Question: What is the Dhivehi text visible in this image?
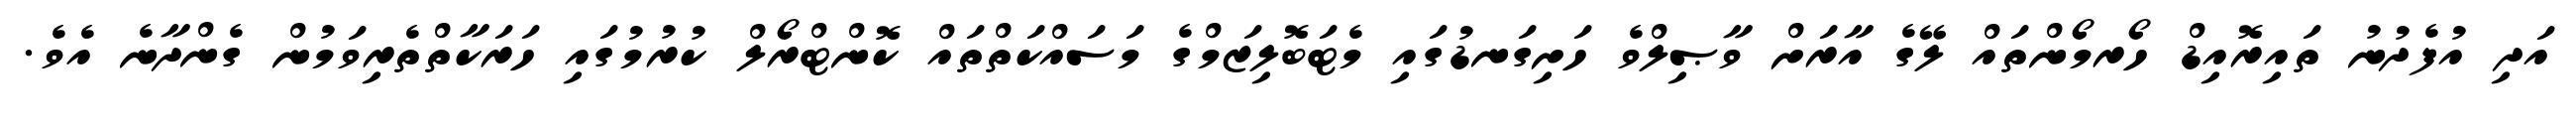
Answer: އަދި އުފެދުނު ތައިރޮއިޑް ހޯރމޯންތައް ލޭގެ އާރަށް ވާޞިލްވެ ހަށިގަނޑުގައި މެޓަބޮލިޒަމްގެ މަސައްކަތްތައް ކޮންޓްރޯލް ކުރުމުގައި ހަރަކާތްތެރިވަމުން ގެންދާނެ އެވެ.